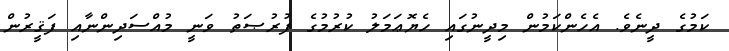
ކަމުގެ ދީނެވެ. އެހެންކަމުން މިދީނުގައި ހެޔޮޢަމަލު ކުރުމުގެ ފުރުޞަތު ވަނީ މުއްސަދިންނާއި ފަޤީރުން